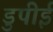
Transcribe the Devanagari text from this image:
डुपीई